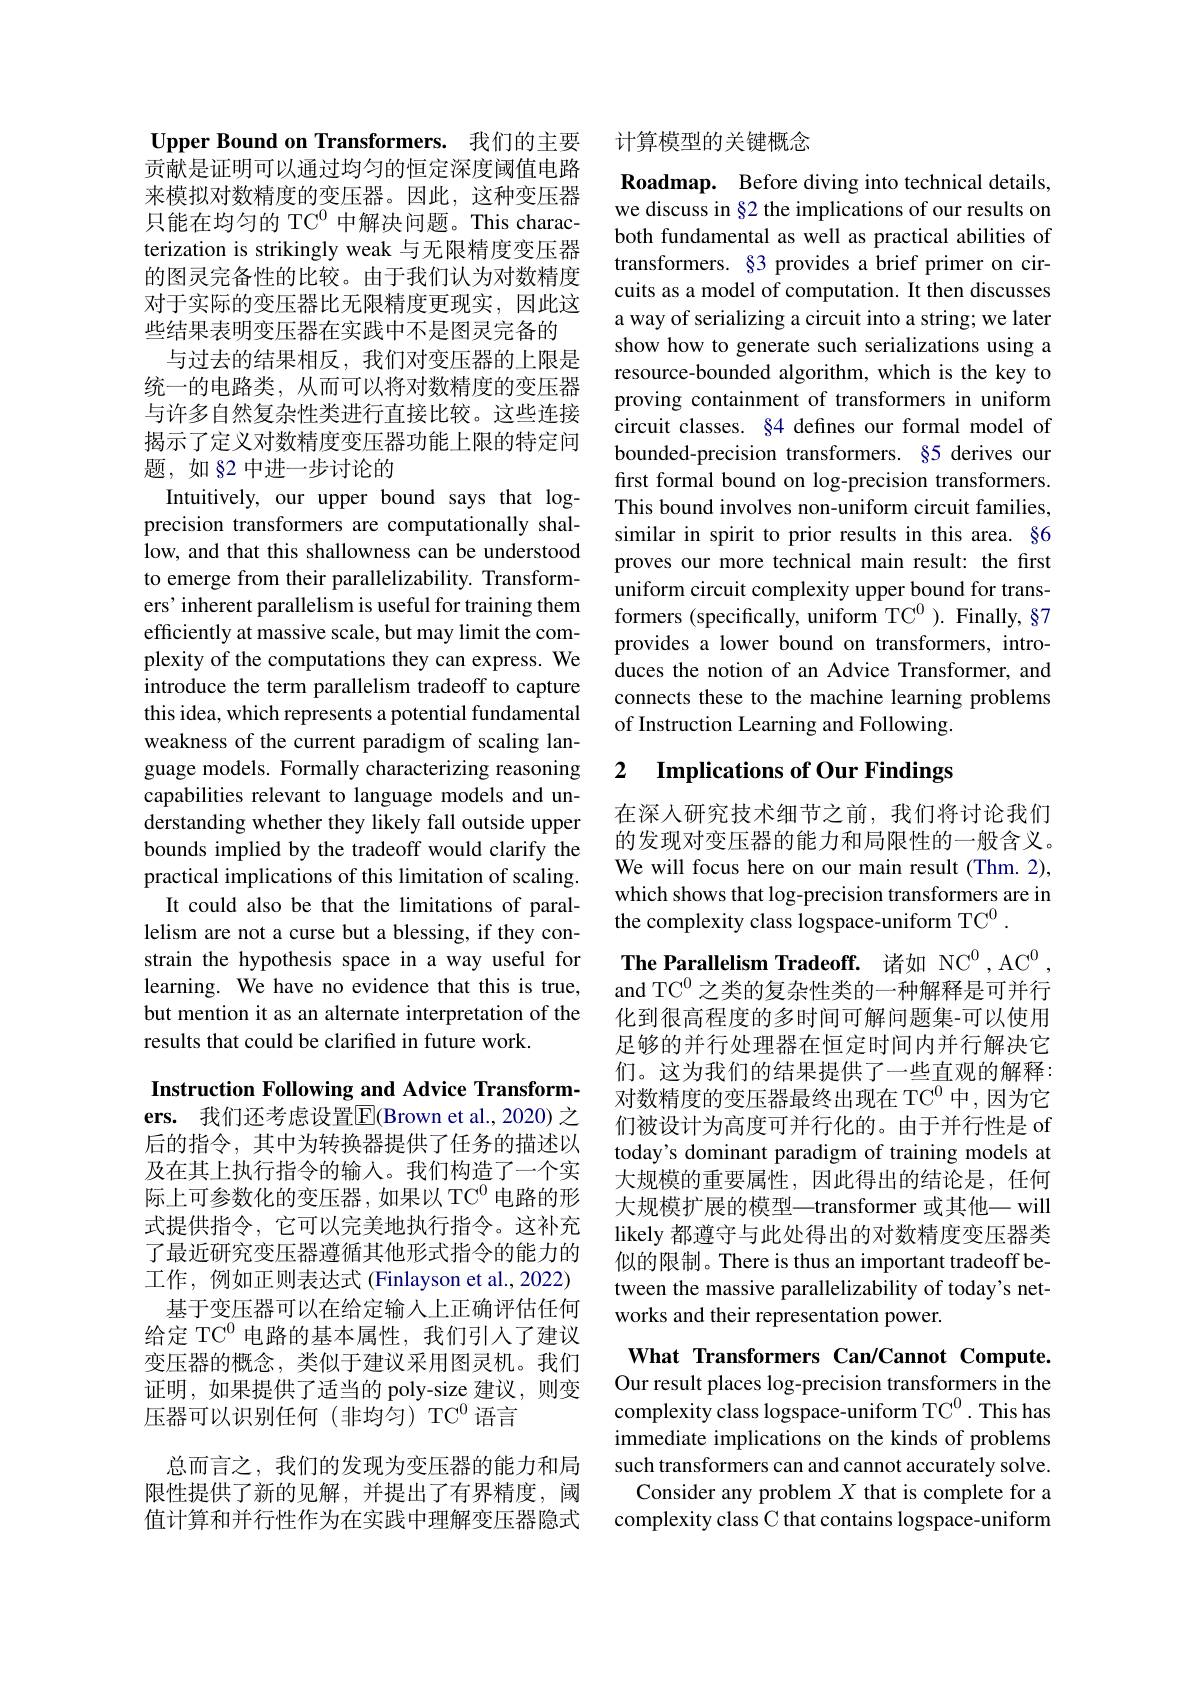
Upper Bound on Transformers. 我们的主要

贡献是证明可以通过均匀的恒定深度阈值电路来模拟对数精度的变压器。因此，这种变压器只能在均匀的 TC$^0$中解决问题。This characterization is strikingly weak 与无限精度变压器的图灵完备性的比较。由于我们认为对数精度对于实际的变压器比无限精度更现实，因此这些结果表明变压器在实践中不是图灵完备的
与过去的结果相反，我们对变压器的上限是统一的电路类，从而可以将对数精度的变压器与许多自然复杂性类进行直接比较。这些连接揭示了定义对数精度变压器功能上限的特定问题，如§2 中进一步讨论的

Intuitively, our upper bound says that logprecision transformers are computationally shallow, and that this shallowness can be understood to emerge from their parallelizability. Transformers'inherent parallelism is useful for training them efficiently at massive scale, but may limit the complexity of the computations they can express. We introduce the term parallelism tradeoff to capture this idea, which represents a potential fundamental weakness of the current paradigm of scaling language models. Formally characterizing reasoning capabilities relevant to language models and understanding whether they likely fall outside upper bounds implied by the tradeoff would clarify the practical implications of this limitation of scaling. It could also be that the limitations of parallelism are not a curse but a blessing, if they constrain the hypothesis space in a way useful for learning. We have no evidence that this is true, but mention it as an alternate interpretation of the results that could be clarified in future work.

Instruction Following and Advice Transformers. 我们还考虑设置$\overline{\mathrm{E}}($Brown et al.,2020)之后的指令，其中为转换器提供了任务的描述以及在其上执行指令的输入。我们构造了一个实际上可参数化的变压器，如果以 TC$^0$电路的形式提供指令，它可以完美地执行指令。这补充了最近研究变压器遵循其他形式指令的能力的工作，例如正则表达式 (Finlayson et al., 2022) 基于变压器可以在给定输人上正确评估任何
给定 TC$^{0}$电路的基本属性，我们引入了建议变压器的概念，类似于建议采用图灵机。我们证明，如果提供了适当的 poly-size 建议，则变$压器可以识别任何(非均匀)TC^{0}语言$
总而言之，我们的发现为变压器的能力和局限性提供了新的见解，并提出了有界精度，阈值计算和并行性作为在实践中理解变压器隐式

计算模型的关键概念

Roadmap. Before diving into technical details, we discuss in §2 the implications of our results on both fundamental as well as practical abilities of transformers. §3 provides a brief primer on circuits as a model of computation. It then discusses a way of serializing a circuit into a string; we later show how to generate such serializations using a resource-bounded algorithm, which is the key to proving containment of transformers in uniform circuit classes. §4 defines our formal model of bounded-precision transformers. §5 derives our first formal bound on log-precision transformers. This bound involves non-uniform circuit families, similar in spirit to prior results in this area. §6 proves our more technical main result: the first uniform circuit complexity upper bound for transformers (specifically, uniform TC$^0).$ Finally, §7 provides a lower bound on transformers, introduces the notion of an Advice Transformer, and connects these to the machine learning problems of Instruction Learning and Following.

# 2 $\textbf{Implications of Our Findings}$

在深人研究技术细节之前，我们将讨论我们的发现对变压器的能力和局限性的一般含义。We will focus here on our main result (Thm.2), which shows that log-precision transformers are in the complexity class logspace-uniform TC$^0.$

The Parallelism Tradeoff. 诸如 NC$^0,\mathrm{AC}^0$ and TC$^{0}$之类的复杂性类的一种解释是可并行

化到很高程度的多时间可解问题集-可以使用足够的并行处理器在恒定时间内并行解决它们。这为我们的结果提供了一些直观的解释： 对数精度的变压器最终出现在 TC$^0$中，因为它们被设计为高度可并行化的。由于并行性是 of today's dominant paradigm of training models at 大规模的重要属性，因此得出的结论是，任何大规模扩展的模型—transformer 或其他一 will likely 都遵守与此处得出的对数精度变压器类似的限制。There is thus an important tradeoff between the massive parallelizability of today's networks and their representation power.

What Transformers Can/Cannot Compute.

Our result places log-precision transformers in the complexity class logspace-uniform TC$^0.$ This has immediate implications on the kinds of problems such transformers can and cannot accurately solve. Consider any problem $X$ that is complete for a complexity class C that contains logspace-uniform